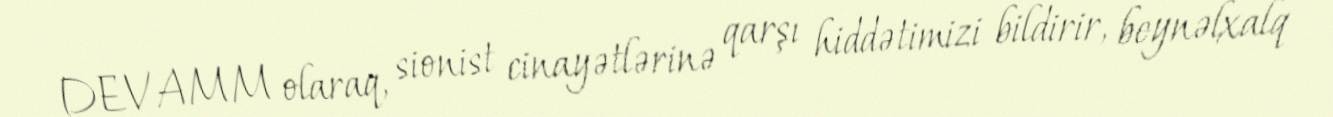
DEVAMM olaraq, sionist cinayətlərinə qarşı hiddətimizi bildirir, beynəlxalq